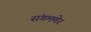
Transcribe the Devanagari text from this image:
संगमणेर